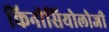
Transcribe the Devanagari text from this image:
किनीसियोलोजी